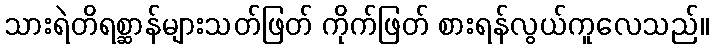
သားရဲတိရစ္ဆာန်များသတ်ဖြတ် ကိုက်ဖြတ် စားရန်လွယ်ကူလေသည်။